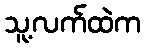
သူ့လက်ထဲက